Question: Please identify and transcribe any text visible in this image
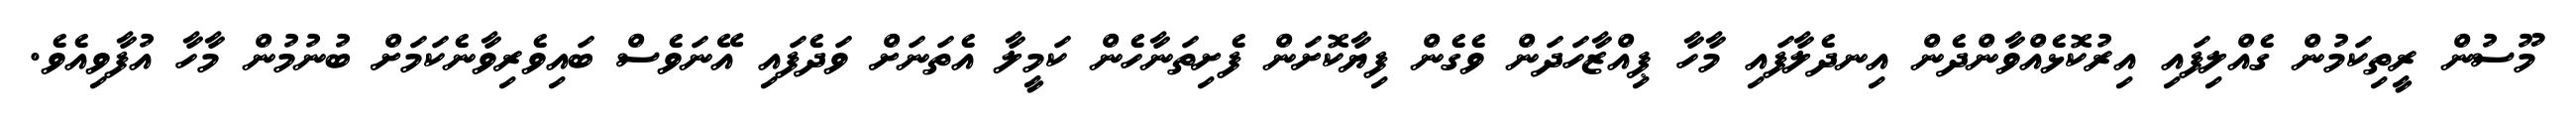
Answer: މޫސުން ރީތިކަމުން ގެއްލިފައި އިރުކޮޅެއްވާންދެން އިނދެލާފައި މާހާ ޕިއްޒާހަދަން ވެގެން ފިޔާކޮށަން ފެށިތަނާހެން ކަމީލާ އެތަނަށް ވަދެފައި އޭނަވެސް ބައިވެރިވާނެކަމަށް ބުނުމުން މާހާ އުފާވިއެވެ.